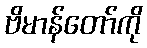
ဗိမာန်တော်ကို